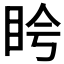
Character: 𬑌